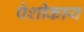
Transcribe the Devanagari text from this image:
पेशीकाय